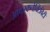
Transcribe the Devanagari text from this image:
ओवरकनेक्टिविटी